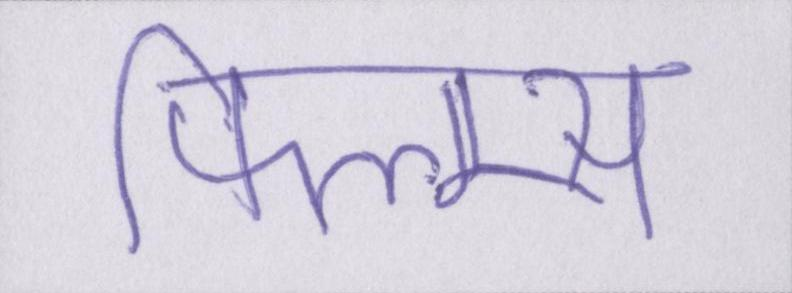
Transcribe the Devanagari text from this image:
फिल्म्स